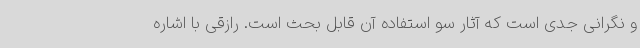
و نگرانی جدی است که آثار سو استفاده آن قابل بحث است. رازقی با اشاره